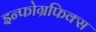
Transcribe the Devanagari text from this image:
इन्फोग्रफिक्स